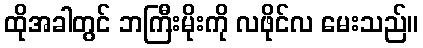
ထိုအခါတွင် ဘကြီးမိုးကို လဖိုင်လ မေးသည်။